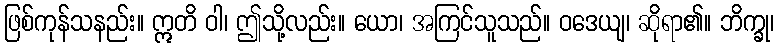
ဖြစ်ကုန်သနည်း။ ဣတိ ဝါ၊ ဤသို့လည်း။ ယော၊ အကြင်သူသည်။ ဝဒေယျ၊ ဆိုရာ၏။ ဘိက္ခု၊